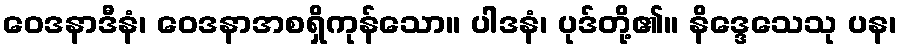
ဝေဒနာဒီနံ၊ ဝေဒနာအစရှိကုန်သော။ ပါဒနံ၊ ပုဒ်တို့၏။ နိဒ္ဒေသေသု ပန၊